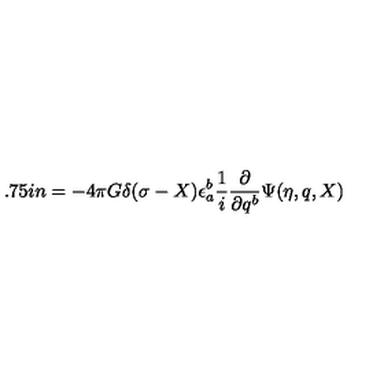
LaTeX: \hspace * { 1 . 7 5 i n } = - 4 \pi G \delta ( \sigma - X ) \epsilon _ { a } ^ { b } \frac { 1 } { i } \frac { \partial } { \partial q ^ { b } } \Psi ( \eta , q , X )